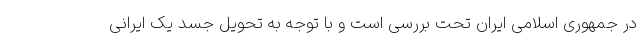
در جمهوری اسلامی ایران تحت بررسی است و با توجه به تحویل جسد یک ایرانی